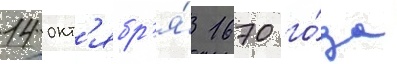
14 окт'ябр'я́ 1670 го́да